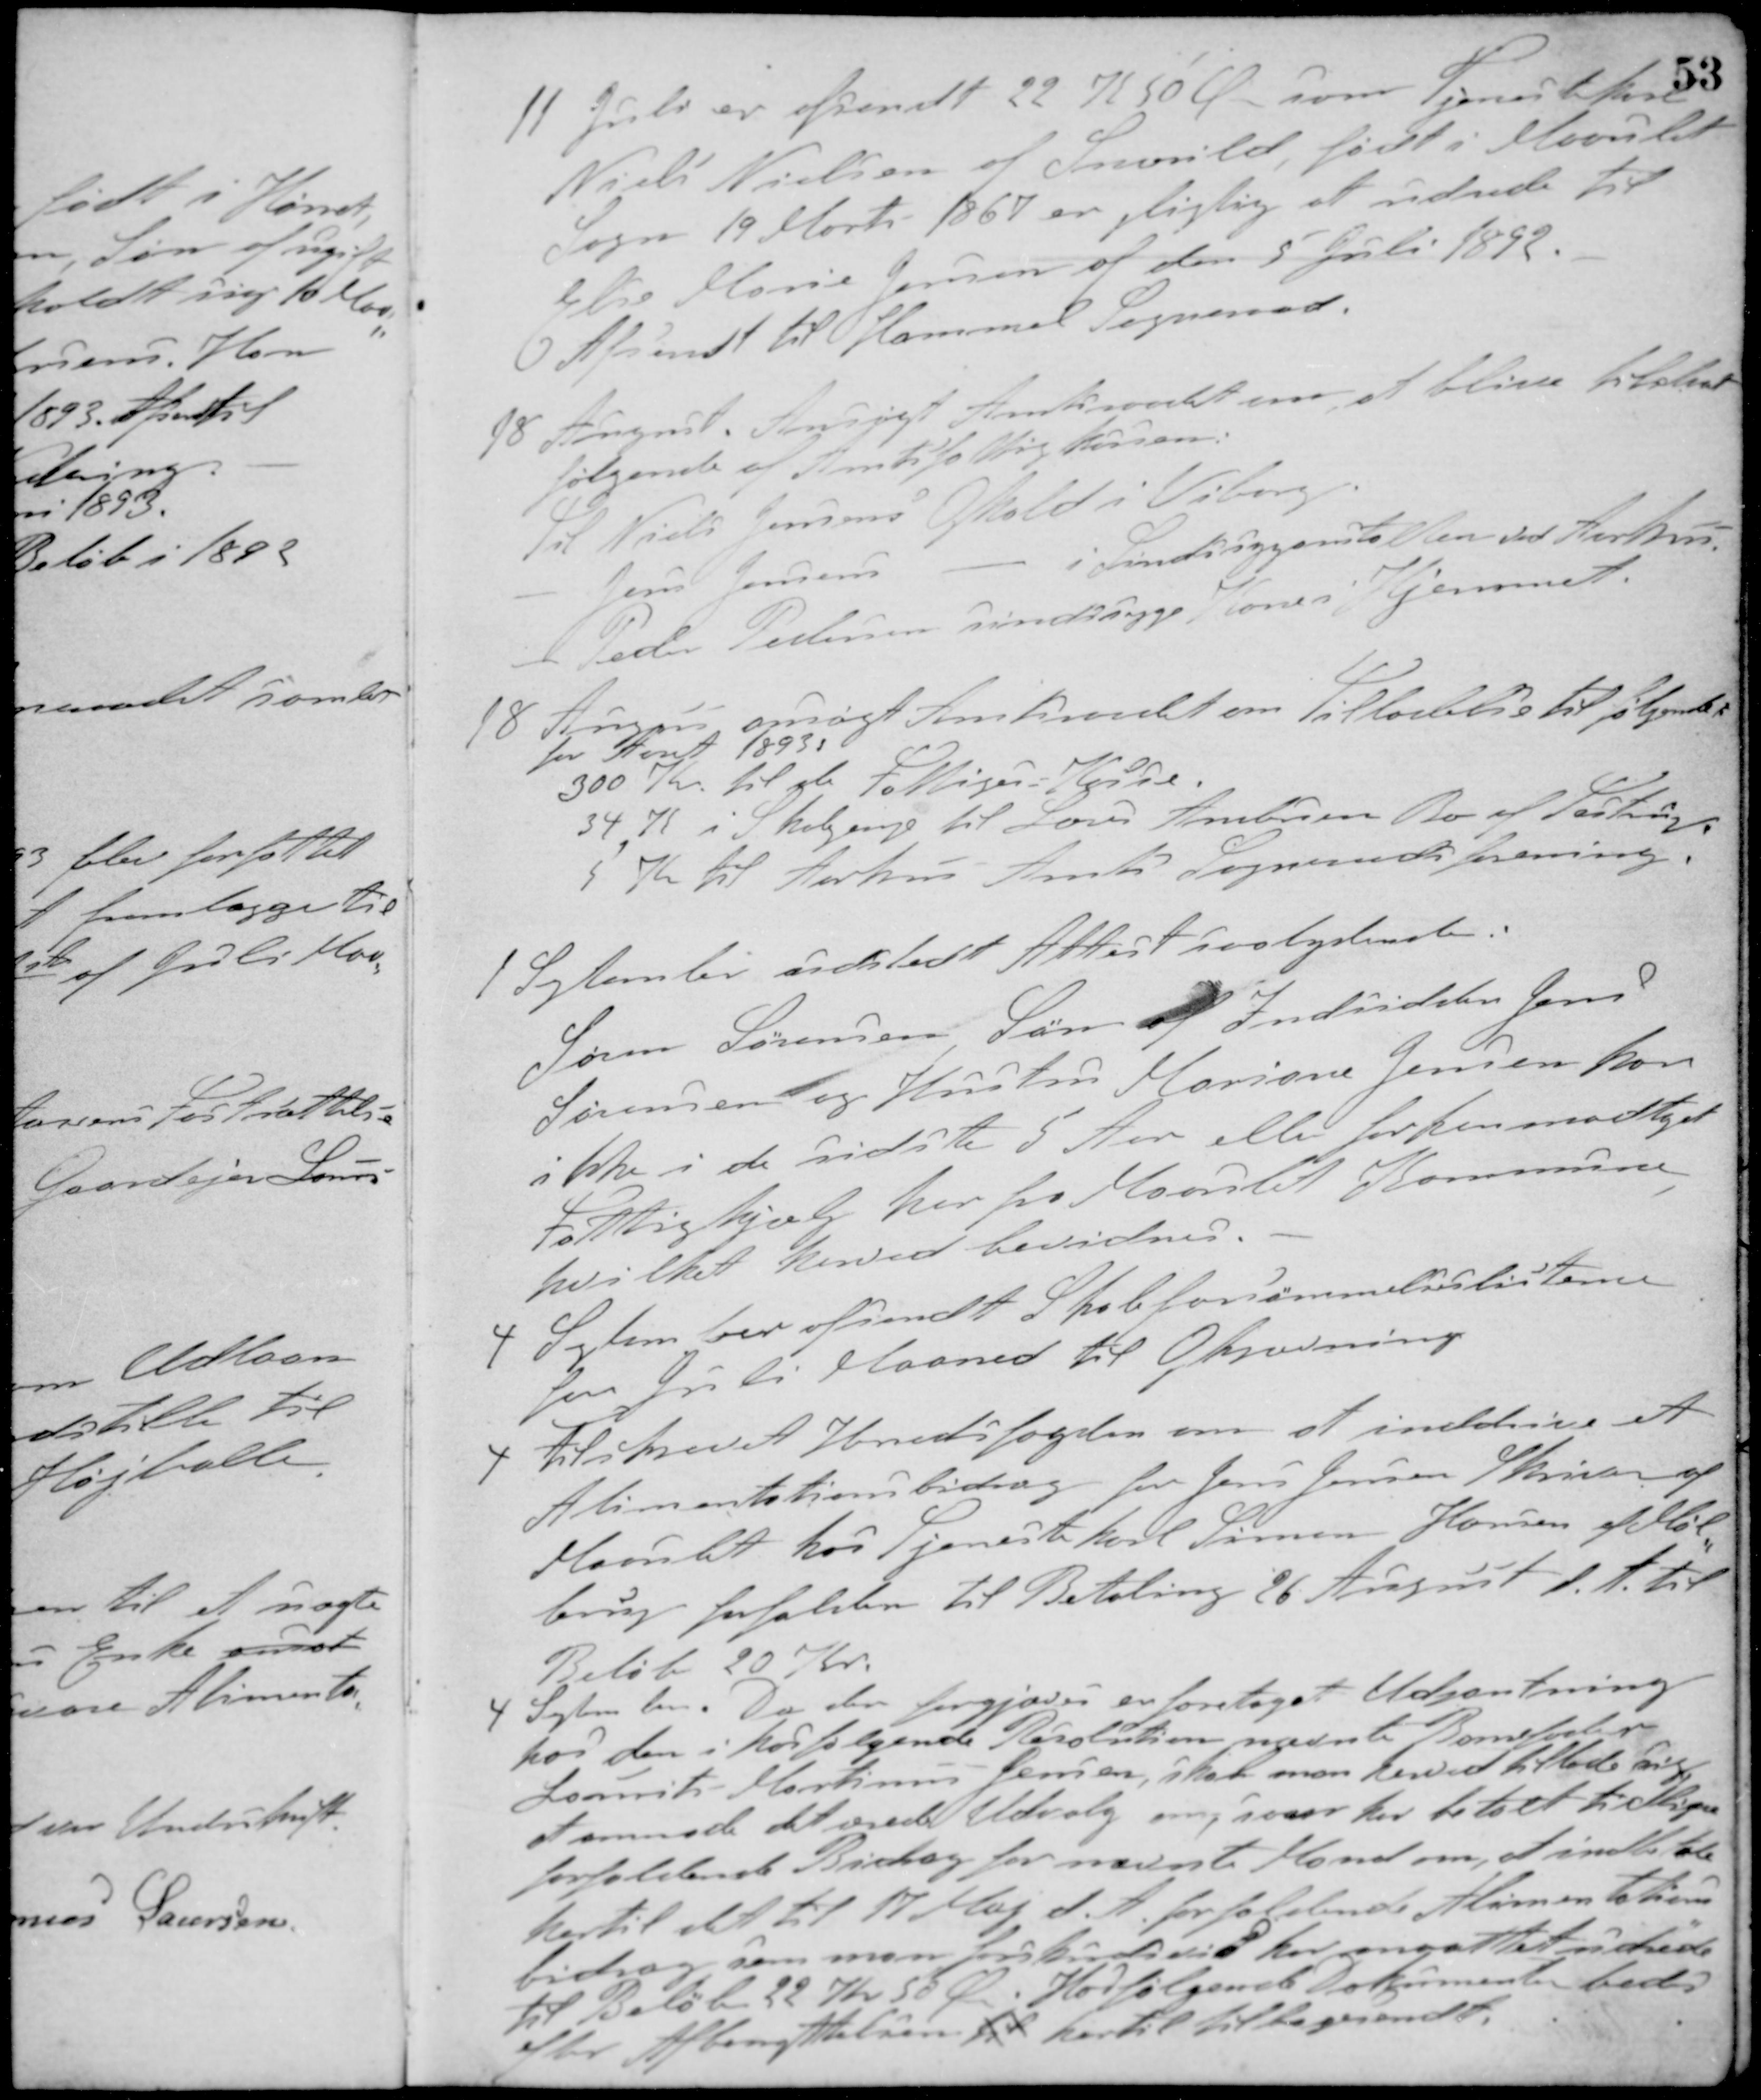
Transskription:
11 Juli er afsendt 22 K 50 Ø som Tjenestekarl
Niels Nielsen af Snerild, født i Maarslet
Sogn 19 Marts 1867 er pligtig at udrede til
Else Marie Jensen af den 5 Juli 1892.
Afsendt til Hammel Sogneraad.
18 August. Ansøgt Amtsraadet om at blive tilstaaet
følgende af Amtsfattigkassen.
Til Niels Jensens Ophold i Viborg.
- Jens Jensens - i Sindssygeanstalten ved Aarhus.
- Peder Pedersen sindssyge Kone i Hjemmet.
18 August ansøgt Amtsraadet om Tilladelse til følgende
for Aaret 1893.
300 Kr. til de Fattiges Kasse.
34 K i Skolepenge til Lærer Amdisen Bo af Testrup
5 Kr. til Aarhus Amts Sogneraadsforening.
1 September udstedt Attest saalydende:
Søren Sørensen, Søn af Indsidder Jens
Sørensen og Hustru Mariane Jensen har
ikke i de sidste 5 Aar eller forhen modtaget
Fattighjælp her fra Maarslet Kommune,
hvilket herved bevidnes.
4 September afsendt Skoleforsømmelseslisterne
for Juli Maaned til Opkrævning
4 Tilskrevet Herredsfogden om at inddrive et
Alimentationsbidrag for Jens Jensen Skriver af
Maarslet hos Tjenestekarl Søren Hansen af Møl-
brug forfalden til Betaling 26 August d. A. til
Beløb 20 Kr.
4 September. Da der forgjæves er foretaget Udpantning
hos den i hosfølgende Resolution nævnte Barnefader
Laurits Martinus Jensen, skal man herved tillade sig
at anmode det ærede Udvalg om, som har betalt tidligere
forfaldent Bidrag for nævnte Mand om, at indbetale
hertil det til 17 Maj d. A. forfaldende Alimentations-
bidrag som man forskudsvis har maattet udrede
til Beløb 22 Kr. 50 Ø. Hosfølgende Dokument bedes
efter Afbenyttelsen til hertil tilbagesendt.